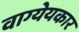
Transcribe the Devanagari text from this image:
वाग्येयकार